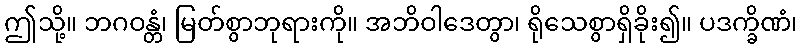
ဤသို့။ ဘဂဝန္တံ၊ မြတ်စွာဘုရားကို။ အဘိဝါဒေတွာ၊ ရိုသေစွာရှိခိုး၍။ ပဒက္ခိဏံ၊